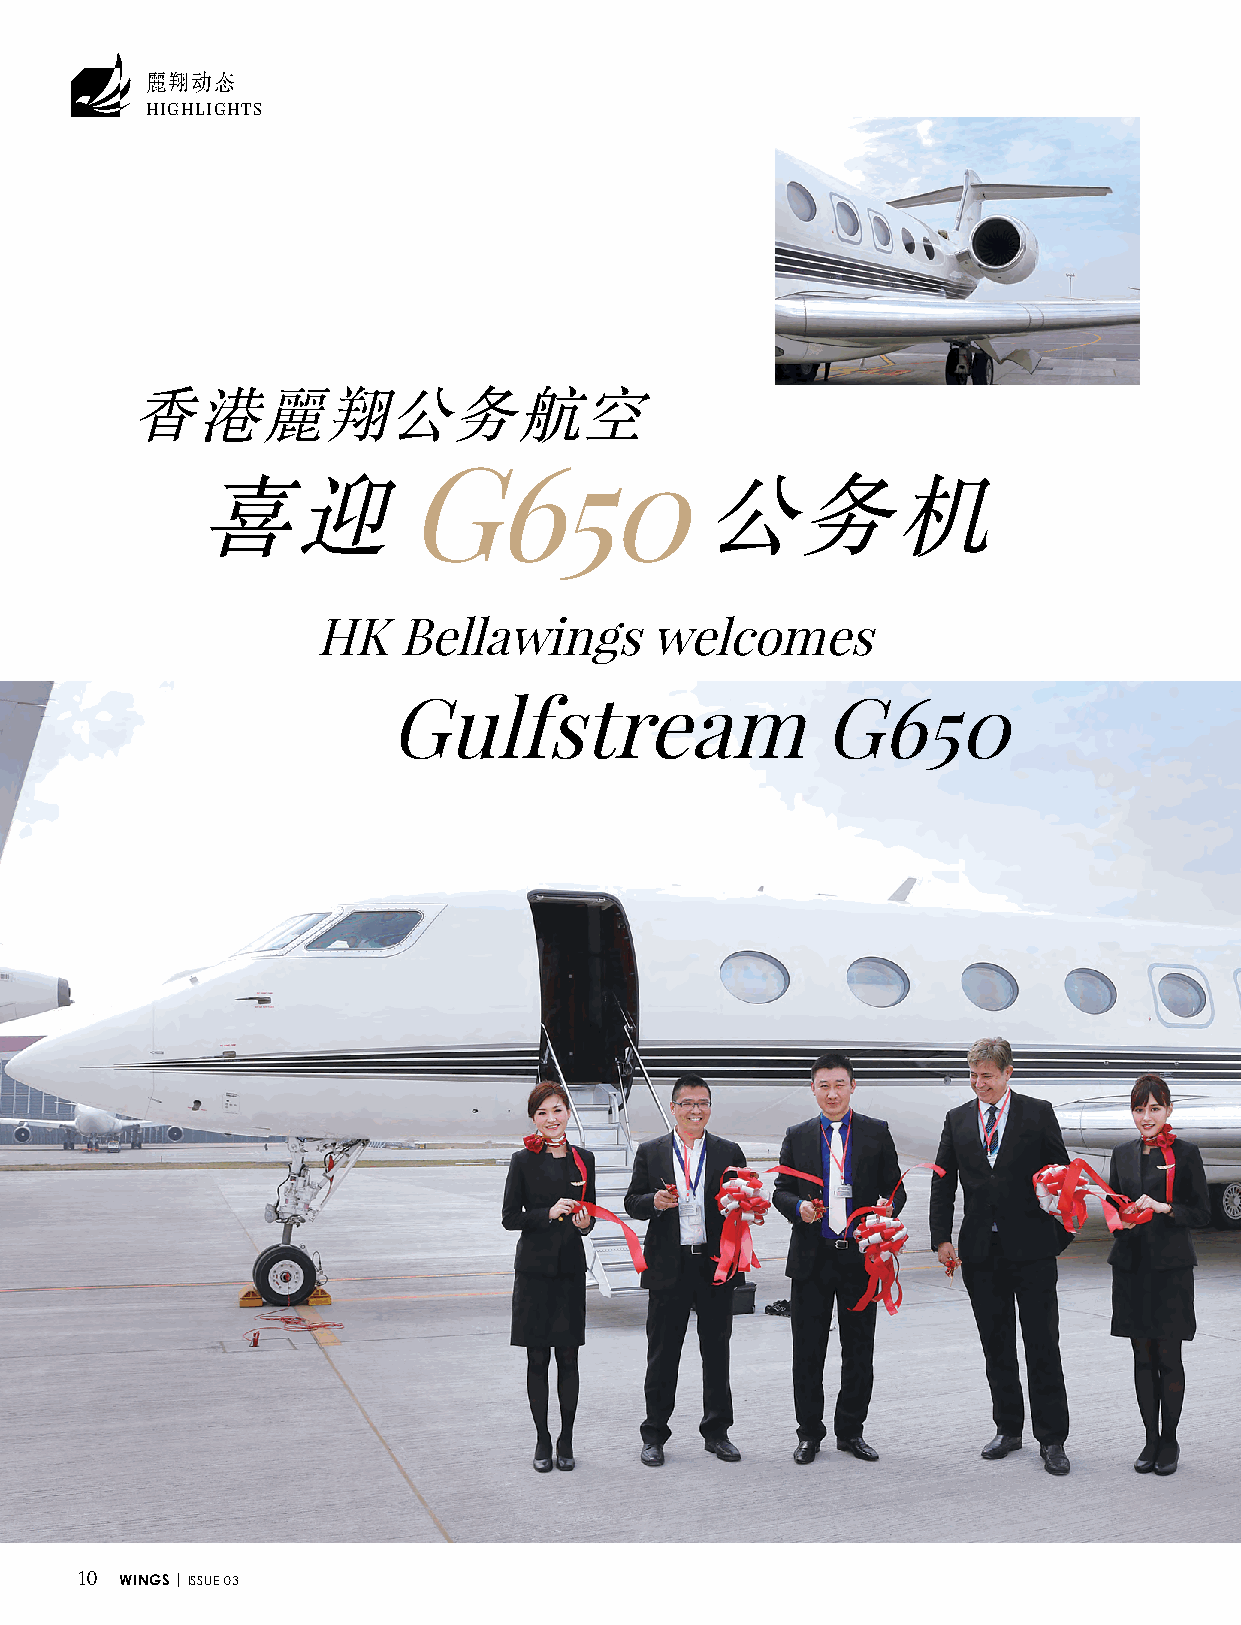
麗翔动态
 HIGHLIGHTS
 香港麗翔公务航空
 G650
 喜迎                                公务机
 HK   Bellawings       welcomes
 Gulfstream                   G650
 10 WINGS | ISSUE 03